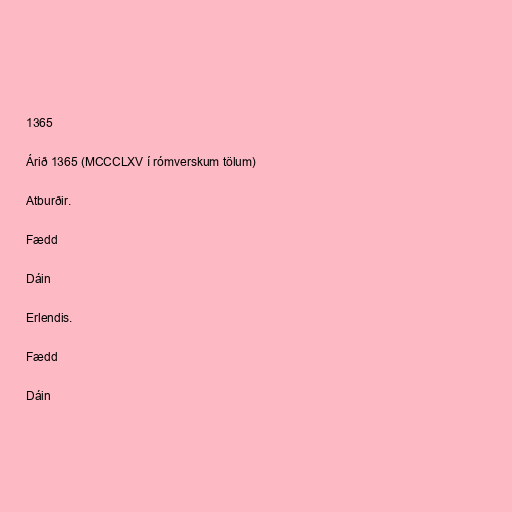
1365

Árið 1365 (MCCCLXV í rómverskum tölum)

Atburðir.

Fædd

Dáin

Erlendis.

Fædd

Dáin